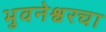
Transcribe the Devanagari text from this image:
भुवनेश्वरचा